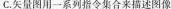
C.矢量图用一系列指令集合来描述图像